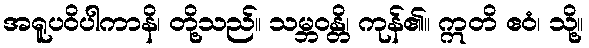
အရူပဝိပါကာနိ၊ တို့သည်။ သမ္ဘဝန္တိ၊ ကုန်၏။ ဣတိ ဧဝံ၊ သို့။